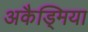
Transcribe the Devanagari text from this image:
अकैड्मिया